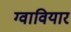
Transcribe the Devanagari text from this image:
ग्वावियार